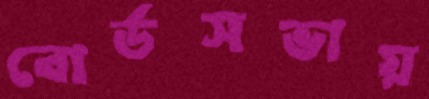
বোর্ডসভায়